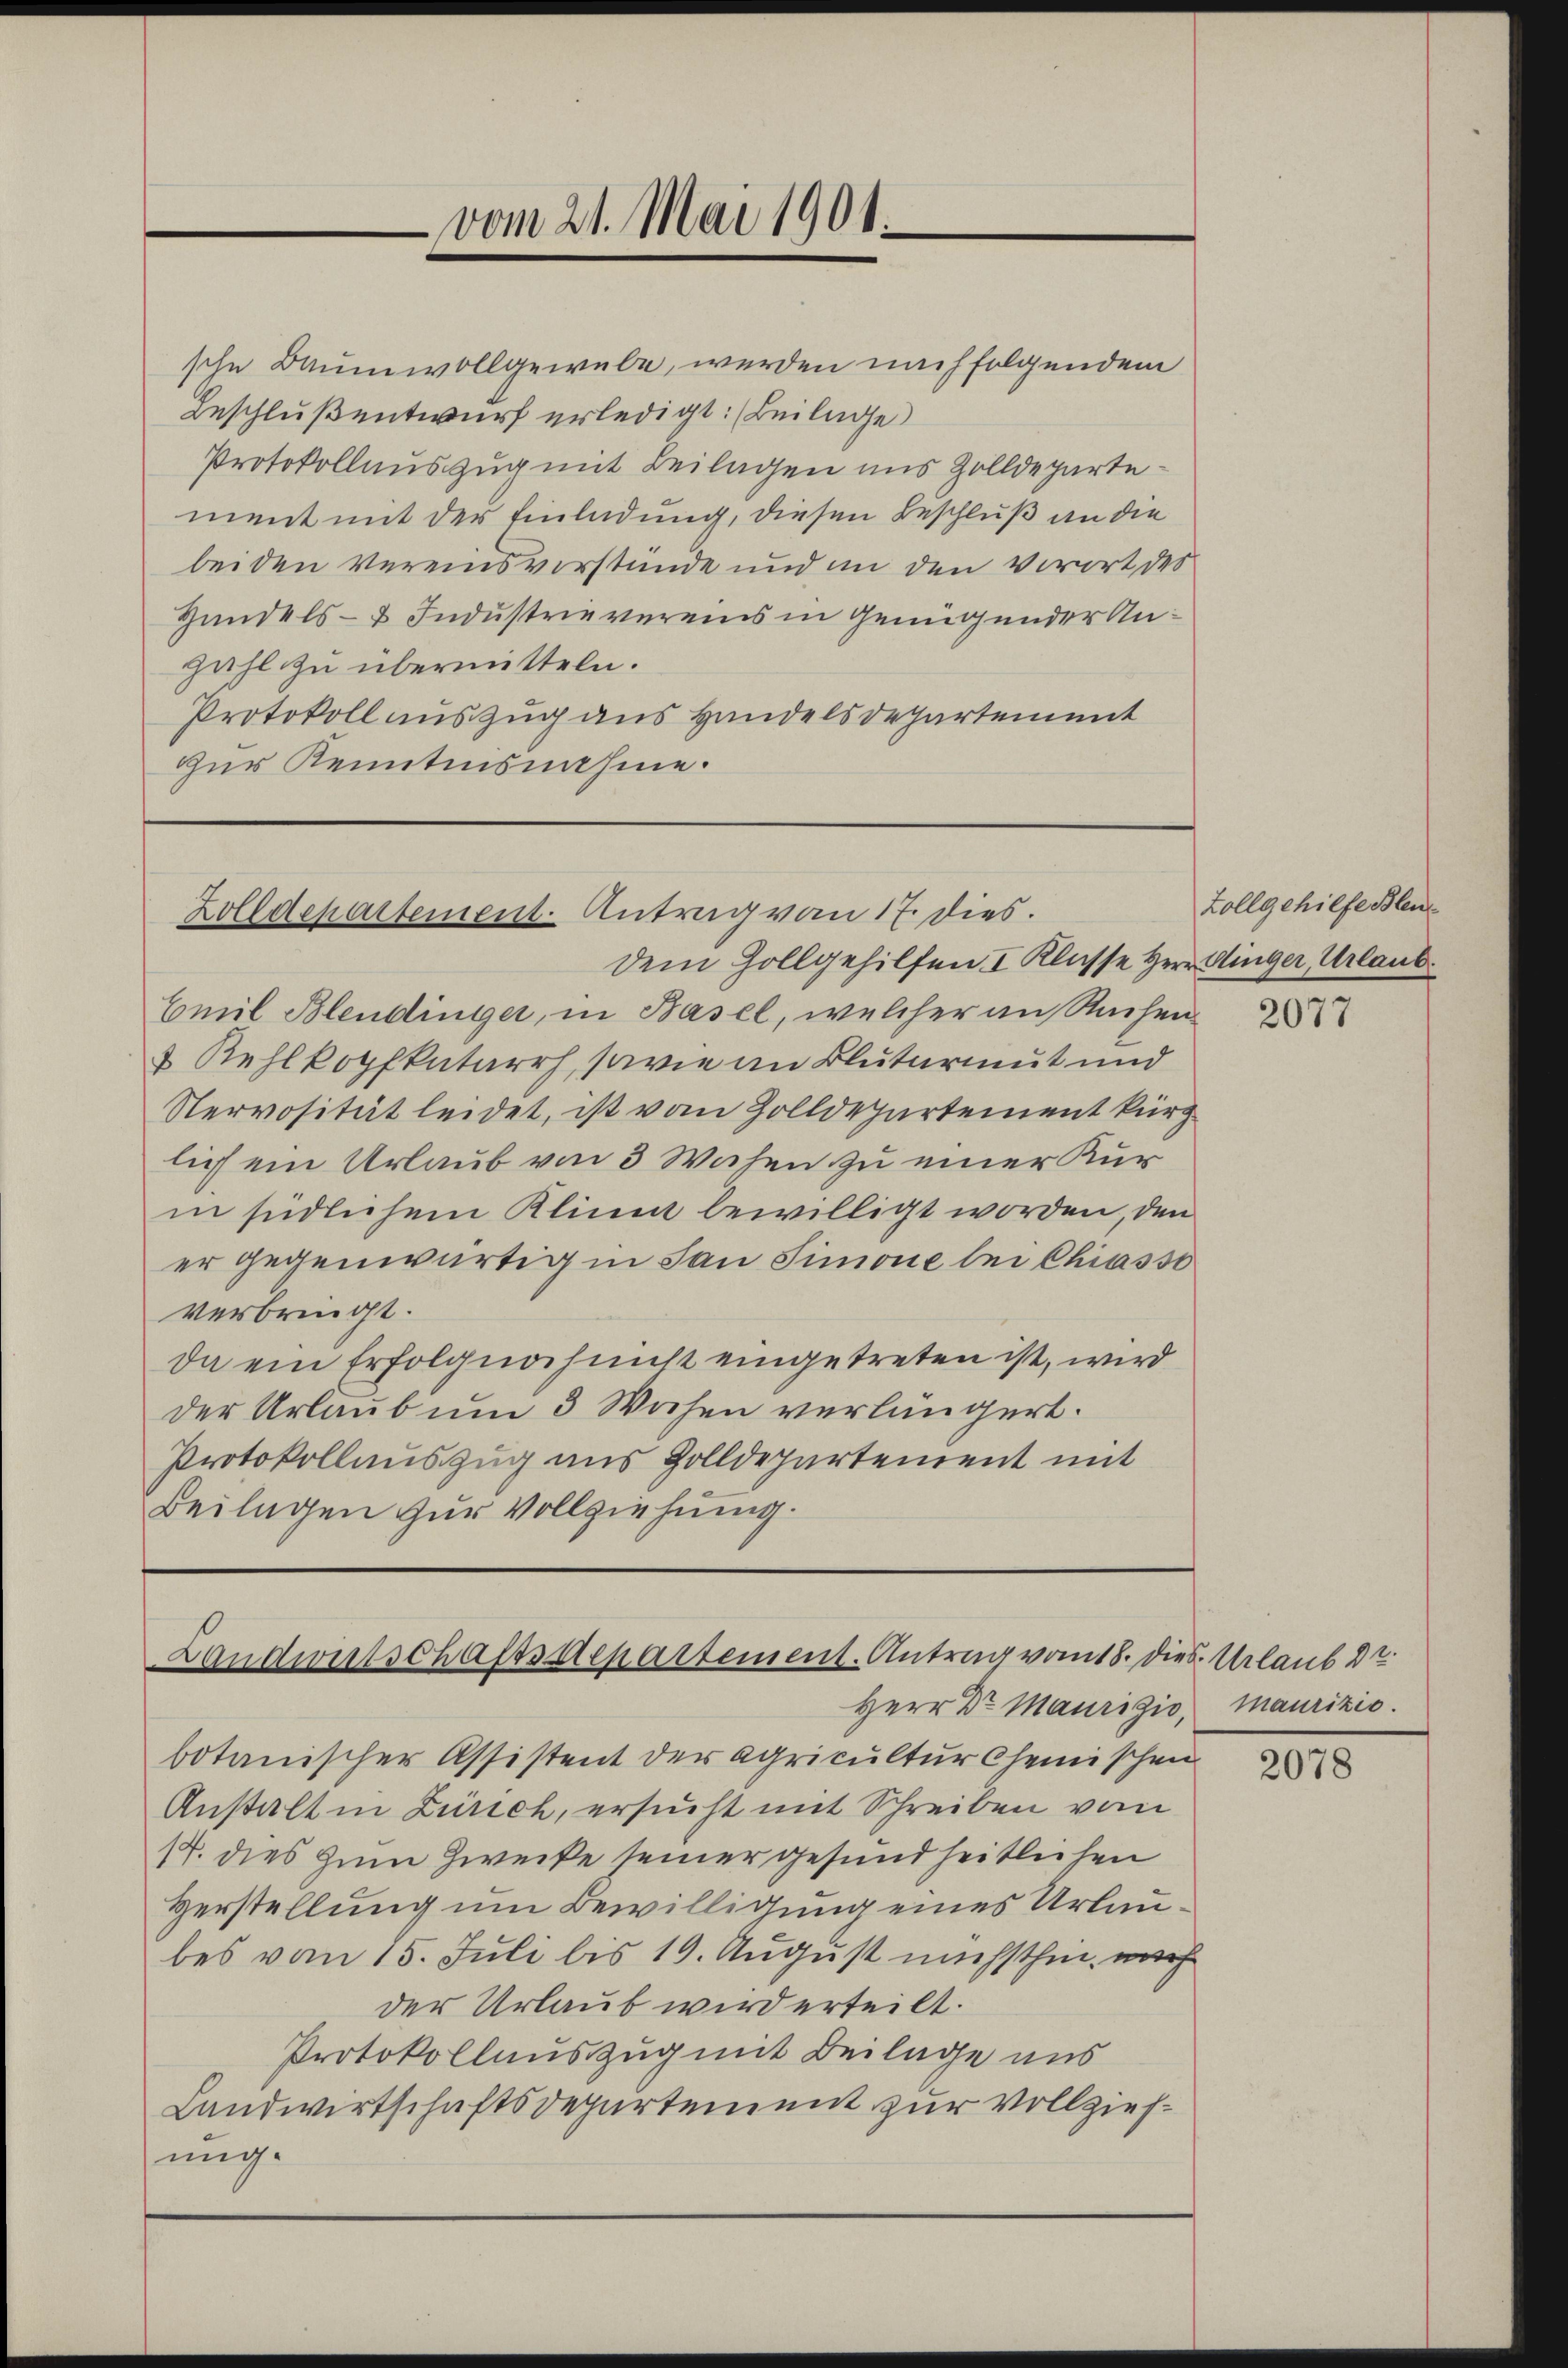
zur Kenntnisnahme.

vom 21. Mai 1901.

Zolldepartement. Antrag vom 17. dies.
dem Gollgehilfen I Klasse Herr Dinger, Urlaub

Emil Blendinger, in Basel, welcher an Ruchen
1 Kehlkopfkatarrh, sowie an Blutarmut und
Nervosität leidet, ist vom Zolldepartement kürz
lich ein Urlaub von 3 Wochen zu einer Kurin südlichem Klini bewilligt worden, den
er gegenwärtigen San Simone bei Chiasso
verbringt.
da ein Erfolgnachsunst eingetreten ist, wird
der Urlaub um 3 Wochen verlängert.
Protokollauszug aus Zolldepartement mit
Beilagen zur Vollziehung.

Landwirtschaftsdepartement. Antrag vom 18. Dies Urlaub d
Herr Dr. Maurigio, Maurizio.

botanischer Assistent der Agricultur Chemischen
Anstalt in Zürich, ersucht mit Schreiben vom
sp. dies zum Zwecke seiner gesundheitlichen
Verstellung um Bewilligung eines Urlaubes vom 15. Juli bis 19. August nächsthin, we
der Urlaub wird erteilt.
Protokollauszug mit Beilage uns
Landwirtschaftsdepartement zur Vollziehung.

sche Baumwollgewebe, werden nachfolgendem
Beschluß entwurf erledigt: (Beilage
Protokollauszug mit Beilagen uns Zolldepartement mit der Einladung, diesen Beschluß an die
beiden vereinsverstande und in den Vorort des
Handels- & Industrie vereins in Genügender Anzahl zu übermitteln.
Protokoll auszug aus Handelsdepartement

Zollgehilfe Blen

2077

2078